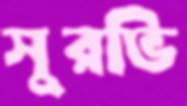
সুরভি